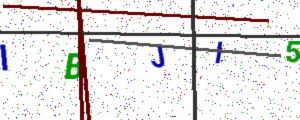
Text: IBJI5